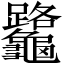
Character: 𪛅